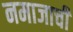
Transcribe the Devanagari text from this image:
नमाजाची